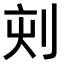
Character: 𠜇